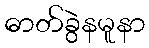
ဓာတ်ခွဲနမူနာ